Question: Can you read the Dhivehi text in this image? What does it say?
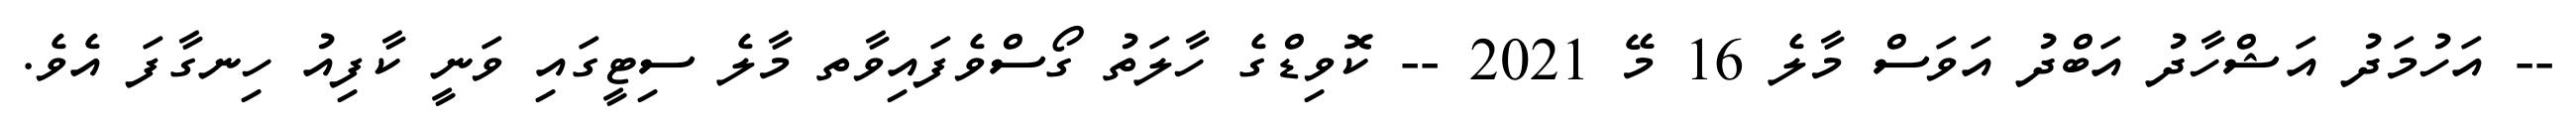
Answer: -- އަހުމަދު އަޝްހާދު އަބްދު އަވަސް މާލެ 16 މޭ 2021 -- ކޮވިޑްގެ ހާލަތު ގޯސްވެފައިވާތ މާލެ ސިޓީގައި ވަނީ ކާފިއު ހިނގާފަ އެވެ.